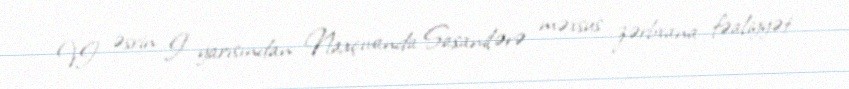
VI əsrin I yarısından Naxçıvanda Sasanilərə məxsus zərbxana fəaliyyət